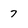
Character: 7